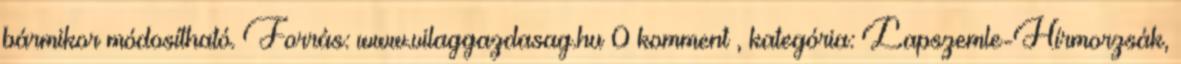
bármikor módosítható. Forrás: www.vilaggazdasag.hu 0 komment , kategória: Lapszemle-Hírmorzsák,